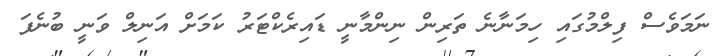
ނަމަވެސް ފިލްމުގައި ހިމަނާނެ ތަރިން ނިންމާނީ ޑައިރެކްޓަރު ކަމަށް އަނިލް ވަނީ ބުނެފަ